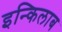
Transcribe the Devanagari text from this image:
इन्किलाब